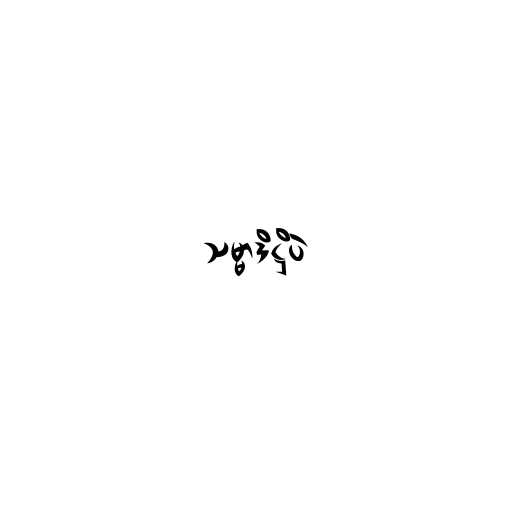
သမ္မာဒိဋ္ဌိပဲ